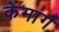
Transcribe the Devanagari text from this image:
केमार्ग